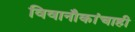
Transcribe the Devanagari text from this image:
विवानौकांचाही